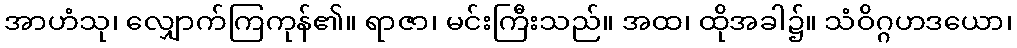
အာဟံသု၊ လျှောက်ကြကုန်၏။ ရာဇာ၊ မင်းကြီးသည်။ အထ၊ ထိုအခါ၌။ သံဝိဂ္ဂဟဒယော၊